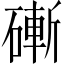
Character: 𥕌